Burma Government Medical School reports 1923-41
Year: 1923
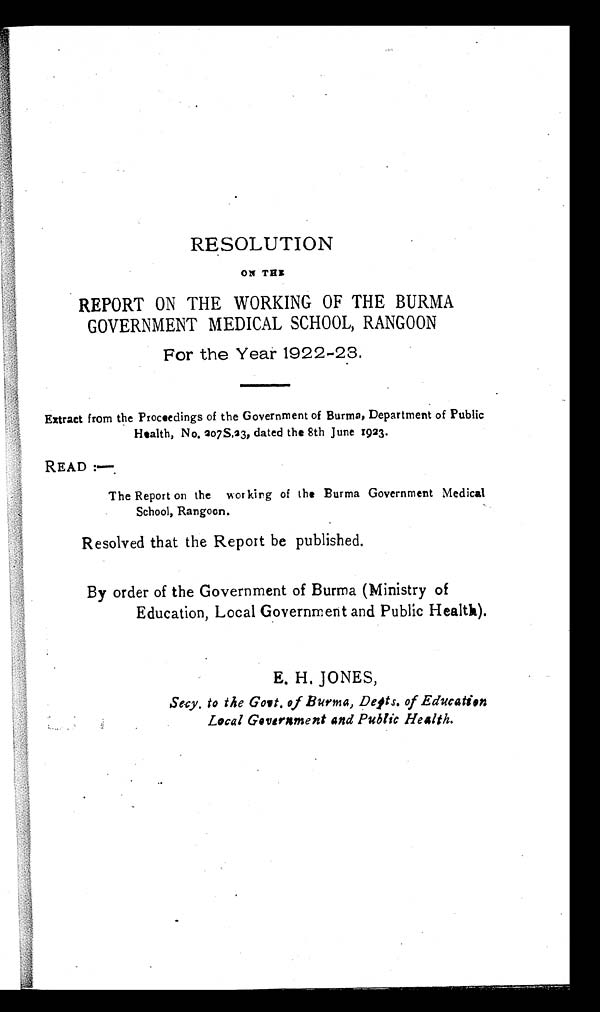
RESOLUTION
ON THE
REPORT ON THE WORKING OF THE BURMA
GOVERNMENT MEDICAL SCHOOL, RANGOON
For the Year 1922-23.
———
Extract from the Proceedings of the Government of Burma, Department of Public
Health, No. 207S,23, dated the 8th June 1923.
READ:—
The Report on the working of the Burma Government Medical
School, Rangoon.
Resolved that the Report be published.
By order of the Government of Burma (Ministry of
Education, Local Government and Public Health).
E. H. JONES,
Secy. to the Govt. of Burma, Depts. of Education
Local Government and Public Health.